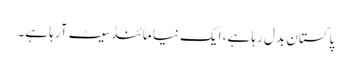
پاکستان بدل رہا ہے، ایک نیا مائنڈ سیٹ آرہا ہے۔